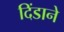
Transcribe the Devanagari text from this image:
दिंडाने